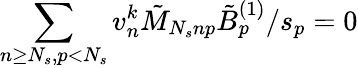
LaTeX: \sum_{n\geq N_{s},p<N_{s}}{v_{n}^{k}\tilde{M}_{N_{s}np}\tilde{B}_{p}^{(1)}/s_{p}}=0